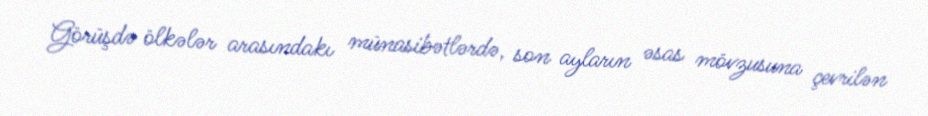
Görüşdə ölkələr arasındakı münasibətlərdə, son ayların əsas mövzusuna çevrilən